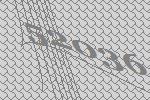
52036